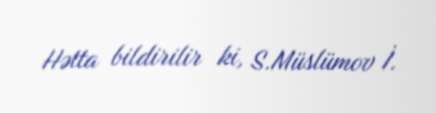
Hətta bildirilir ki, S.Müslümov İ.